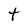
Character: t